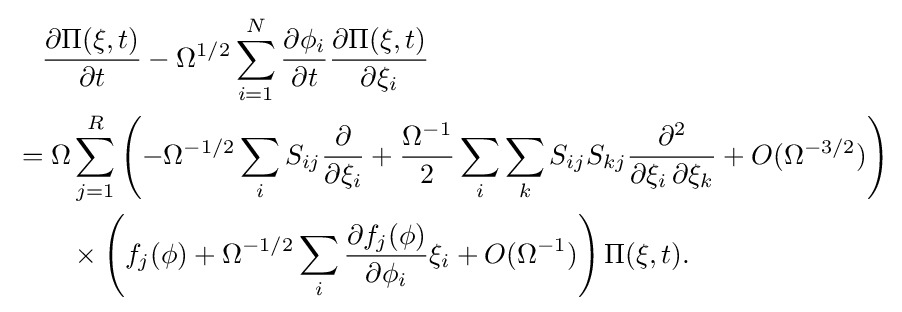
{\begin{aligned}&{}\quad {\frac {\partial \Pi (\mathbf {\xi } ,t)}{\partial t}}-\Omega ^{1/2}\sum _{i=1}^{N}{\frac {\partial \phi _{i}}{\partial t}}{\frac {\partial \Pi (\mathbf {\xi } ,t)}{\partial \xi _{i}}}\\&=\Omega \sum _{j=1}^{R}\left(-\Omega ^{-1/2}\sum _{i}S_{ij}{\frac {\partial }{\partial \xi _{i}}}+{\frac {\Omega ^{-1}}{2}}\sum _{i}\sum _{k}S_{ij}S_{kj}{\frac {\partial ^{2}}{\partial \xi _{i}\,\partial \xi _{k}}}+O(\Omega ^{-3/2})\right)\\&{}\qquad \times \left(f_{j}(\mathbf {\phi } )+\Omega ^{-1/2}\sum _{i}{\frac {\partial f_{j}(\mathbf {\phi } )}{\partial \phi _{i}}}\xi _{i}+O(\Omega ^{-1})\right)\Pi (\mathbf {\xi } ,t).\end{aligned}}